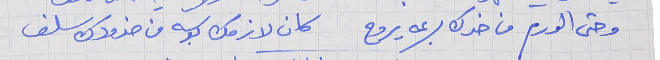
وحتى الورم من خدك بسرعه يروح   كان لازمك بوسه من خدودك سلف